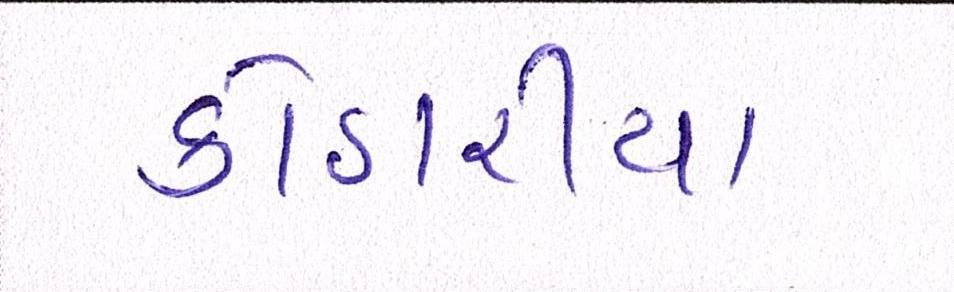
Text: કોઠારીયા